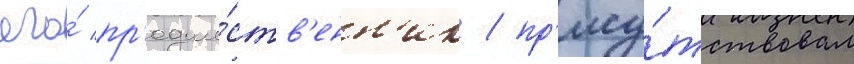
его́ пр'едше́ств'енн'ик / пр'ису́тствовал